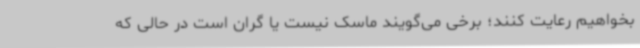
بخواهیم رعایت کنند؛ برخی می‌گویند ماسک نیست یا گران است در حالی که